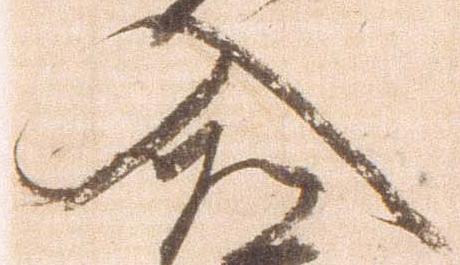
入